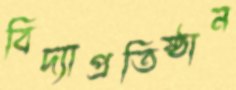
বিদ্যাপ্রতিষ্ঠান